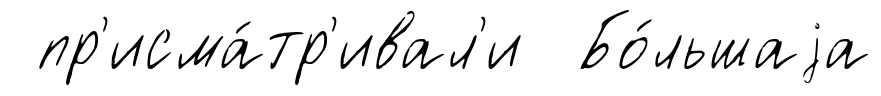
пр'исма́тр'ивал'и Бо́льшаjа